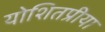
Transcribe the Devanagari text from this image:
योशितप्रीया